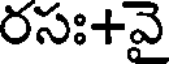
రసః+వై